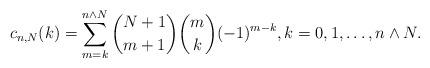
LaTeX: \begin{align*} c_{n,N}(k)=\sum_{m=k}^{n\wedge N}\binom{N+1}{m+1}\binom{m}{k}(-1)^{m-k},k=0,1,\ldots ,n\wedge N.\end{align*}